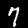
Digit: 7